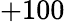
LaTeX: +100